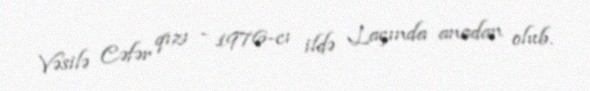
Vəsilə Cəfər qızı - 1976-cı ildə Laçında anadan olub.